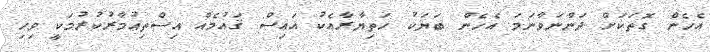
އެހެން ގޮތަކަށް ދަންނަވާނަމަ އެހެން ބަޔަކު ހަތިޔާރާއެކު އައިސް ޤައުމެއް އިސްތިޢުމާރުކުރުމަކީ ވިހި